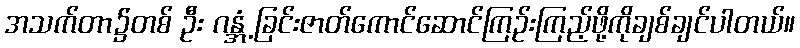
အသက်တာ၌တစ် ဦး ဂန္အံ့ ခြင်းဇာတ်ကောင်ဆောင်ကြဉ်းကြည့်ဖို့ကိုချစ်ချင်ပါတယ်။